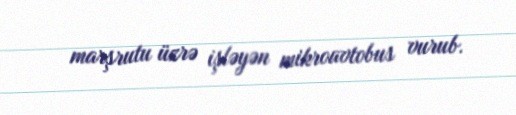
marşrutu üzrə işləyən mikroavtobus vurub.